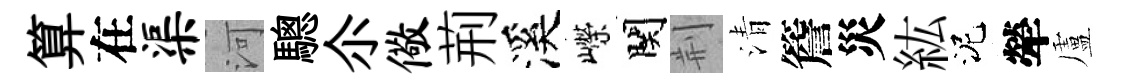
算在渠河驄尒儆荊溪嶸関荆清簷災紘泥犖盧